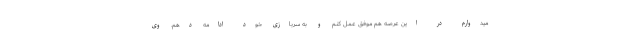
میدوارم در این عرصه هم موفق عمل کنم و به سربازی خود ادامه دهم. وی